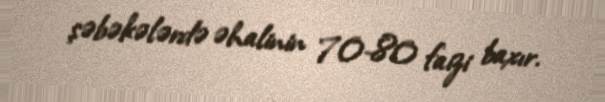
şəbəkələrdə əhalinin 70-80 faizi baxır.